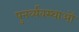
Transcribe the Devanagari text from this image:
पुनर्व्यवस्थाओं